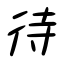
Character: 待